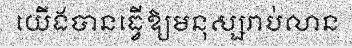
យើងបានធ្វើឱ្យមនុស្សរាប់លាន